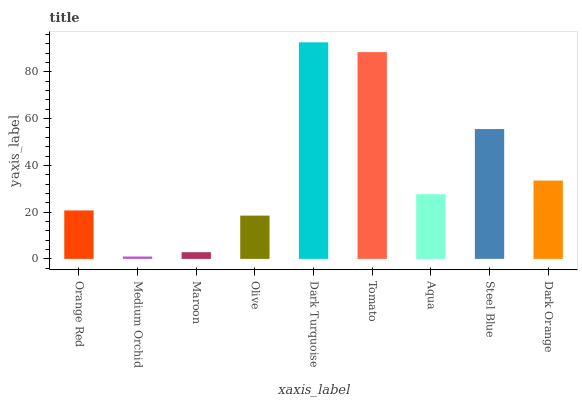
| xaxis_label | bars |
 | --- | --- |
 | Orange Red | 20.7 |
 | Medium Orchid | 1.01 |
 | Maroon | 2.86 |
 | Olive | 18.5 |
 | Dark Turquoise | 92.6 |
 | Tomato | 88.4 |
 | Aqua | 27.7 |
 | Steel Blue | 55.5 |
 | Dark Orange | 33.5 |